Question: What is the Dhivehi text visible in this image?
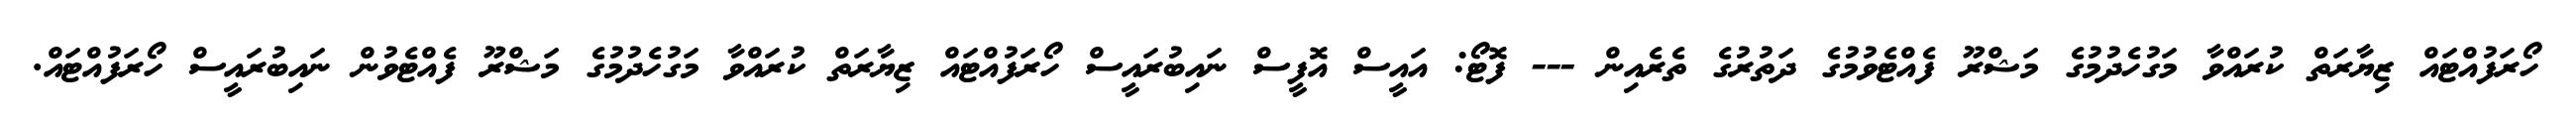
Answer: ހޯރަފުއްޓައް ޒިޔާރަތް ކުރައްވާ މަގުހެދުމުގެ މަޝްރޫ ފެއްޓެވުމުގެ ދަތުރުގެ ތެރެއިން --- ފޮޓޯ: އައީސް އޮފީސް ނައިބުރައީސް ހޯރަފުއްޓައް ޒިޔާރަތް ކުރައްވާ މަގުހެދުމުގެ މަޝްރޫ ފެއްޓެވުން ނައިބުރައީސް ހޯރަފުއްޓައް.